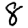
Digit: 8